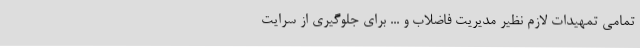
تمامی تمهیدات لازم نظیر مدیریت فاضلاب و ... برای جلوگیری از سرایت